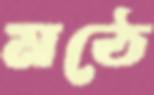
মঠে